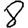
Digit: 8